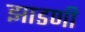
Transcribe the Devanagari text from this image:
झाडणी